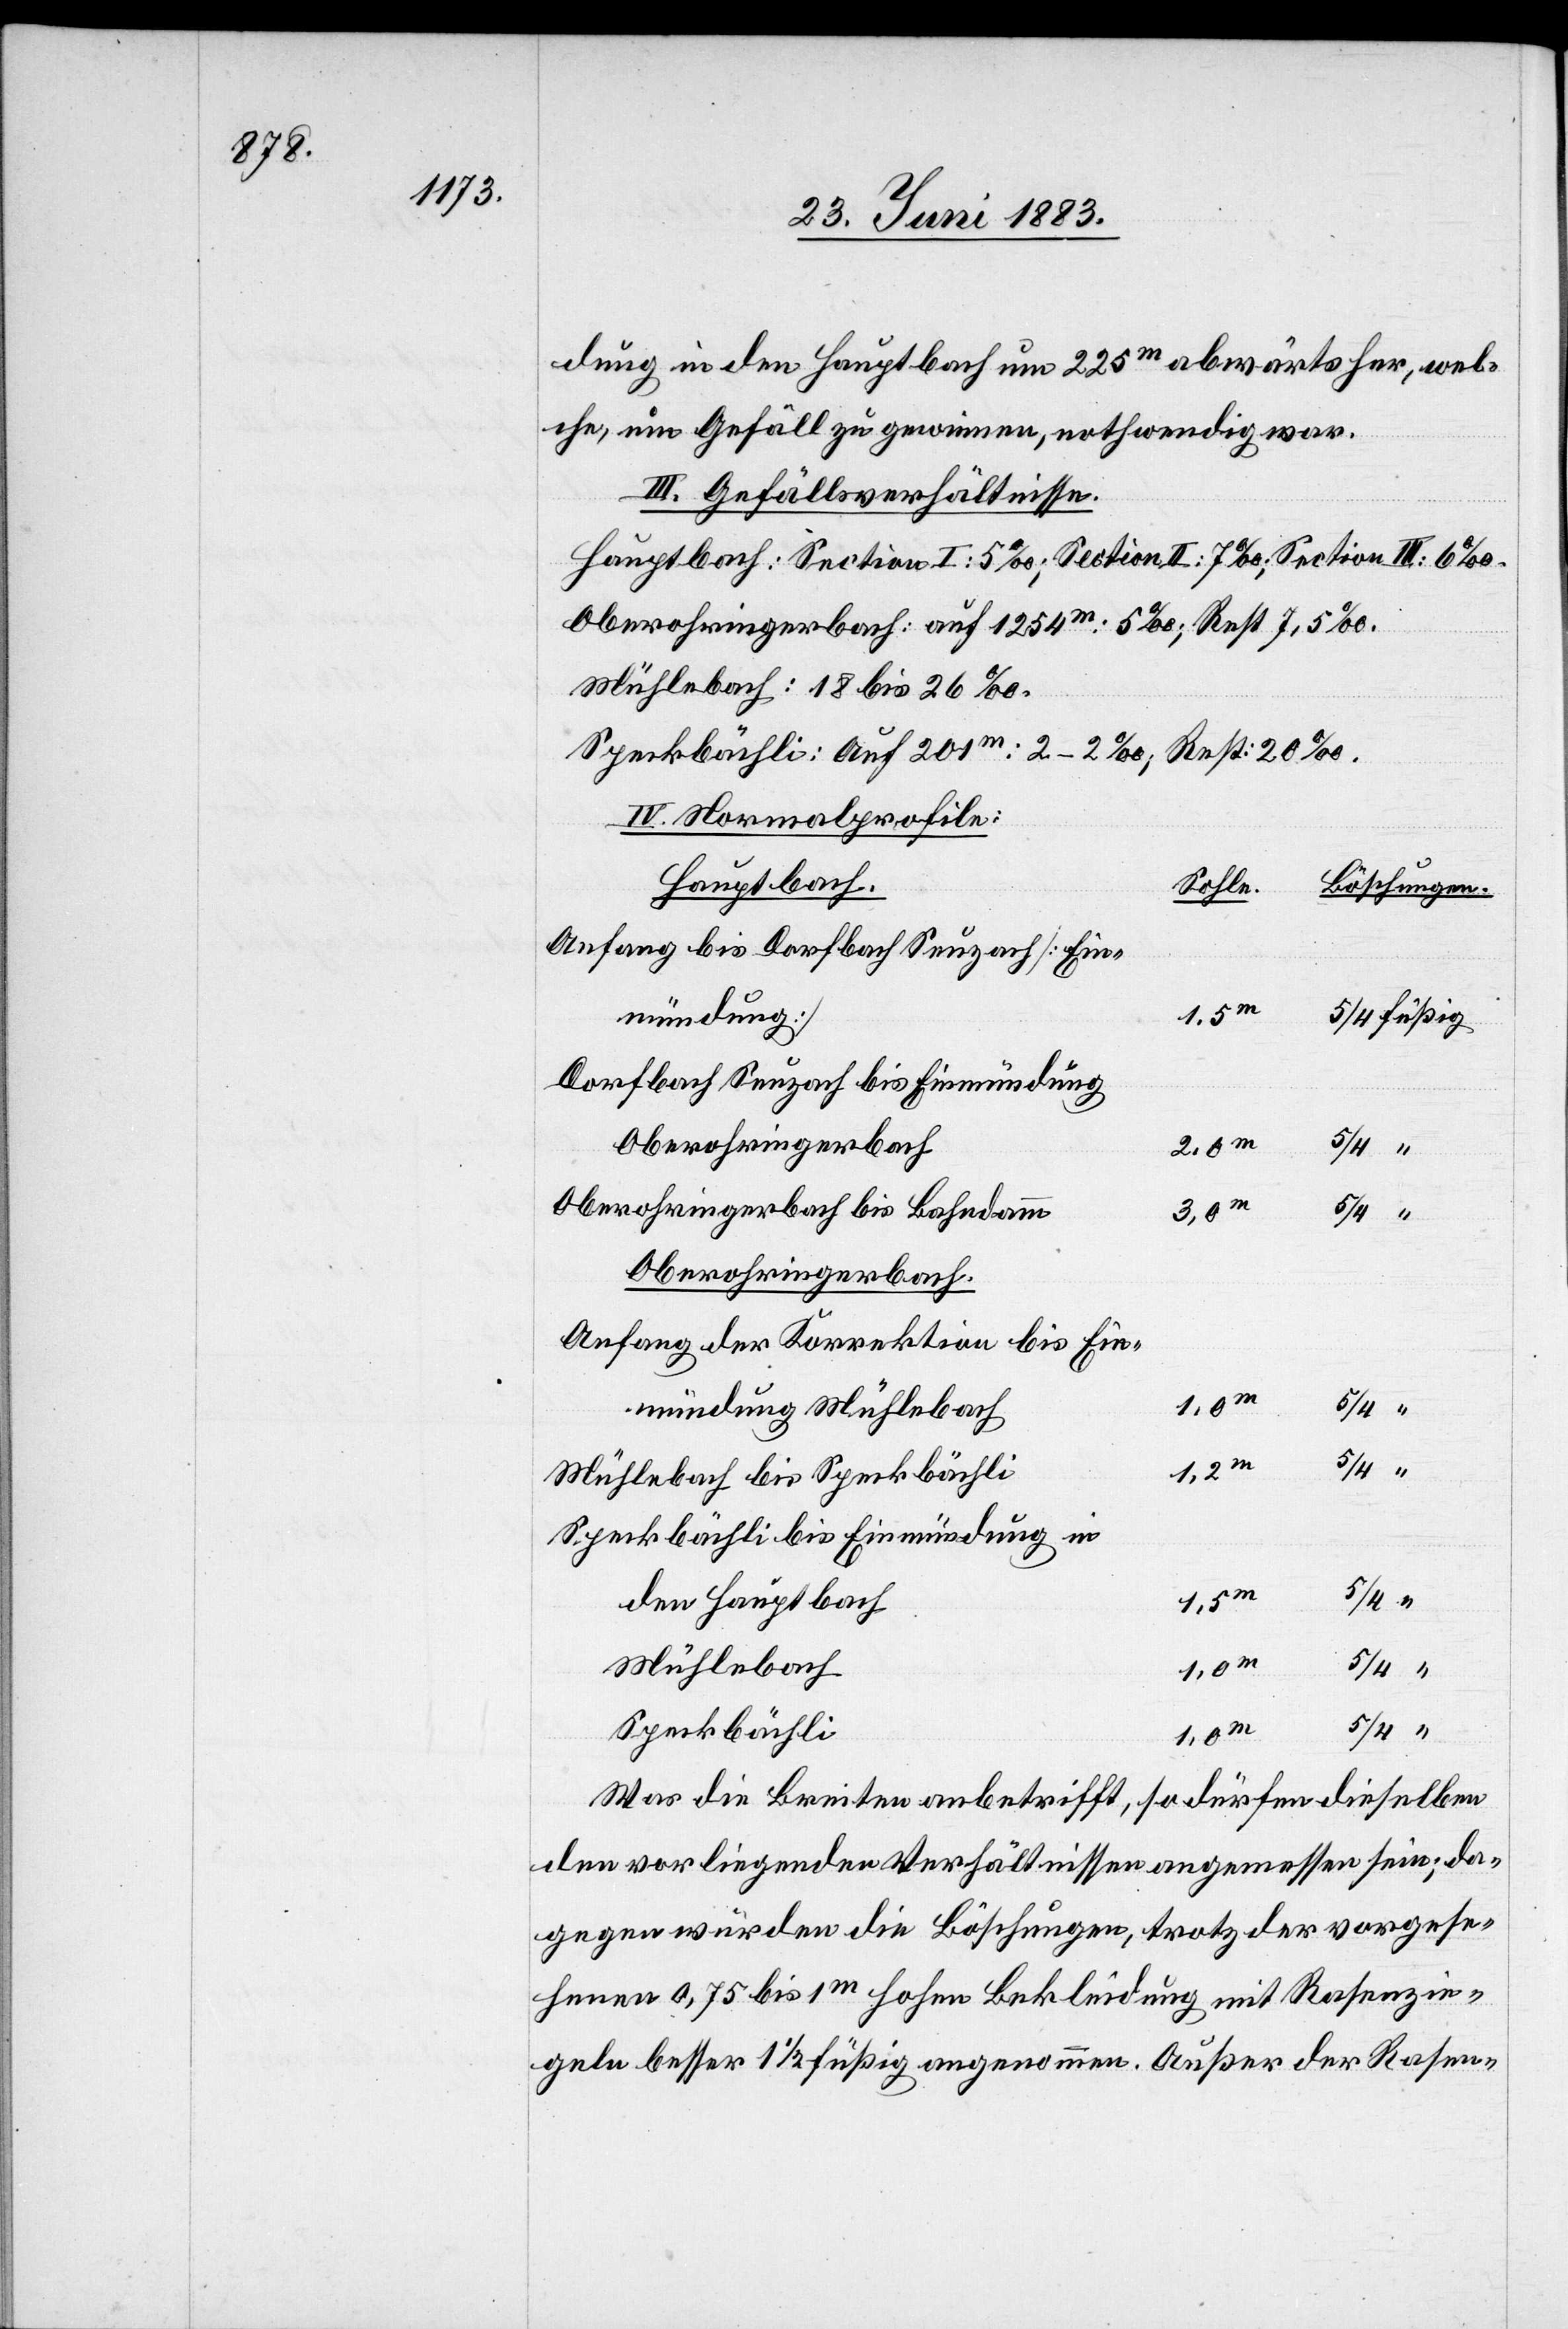
dung in den Hauptbach um 225m abwärts her, wel¬
che, um Gefäll zu gewinnen, nothwendig war.
III. Gefällsverhältnisse.
Hauptbach: Section I: 5‰; Section II: 7‰; Section III: 6‰,
Oberohringerbach: auf 1254m: 5‰; Rest 7,5‰.
Mühlebach: 18 bis 26‰.
Speckbächli: Auf 201m: 2–2‰; Rest 20‰.
IV. Normalprofile
Hauptbach
Sohle.
Böschungen.
Anfang bis Dorfbach Seuzach [Ein¬
mündung]
Dorfbach Seuzach bis Einmündung
Oberohringerbach
Oberohrigerbach bis Bahndamm
3,0m
Oberohringerbach.
Anfang der Korrektion bis Ein¬
mündung Mühlebach
1,5m
Mühlebach bis Speckbächli
Speckbächli bis Einmündung in
1.5m
5/4
den Hauptbach
Mühlebach
Speckbächli
1,0m
Was die Breiten anbetrifft, so dürfen dieselben
den vorliegenden Verhältnissen angemessen sein; da¬
gegen würden die Böschungen, trotz der vorgese¬
henen 0,75 bis 1m hohen Bekleidung mit Rasenzie¬
geln besser 1 1/2 füßig angenommen. Außer der Rasen-